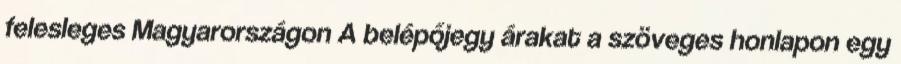
felesleges Magyarországon A belépőjegy árakat a szöveges honlapon egy